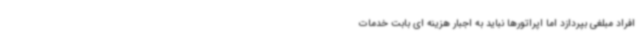
افراد مبلغی بپردازد اما اپراتورها نباید به اجبار هزینه ای بابت خدمات